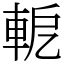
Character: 軶